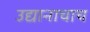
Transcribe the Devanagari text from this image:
उद्यानाचाच